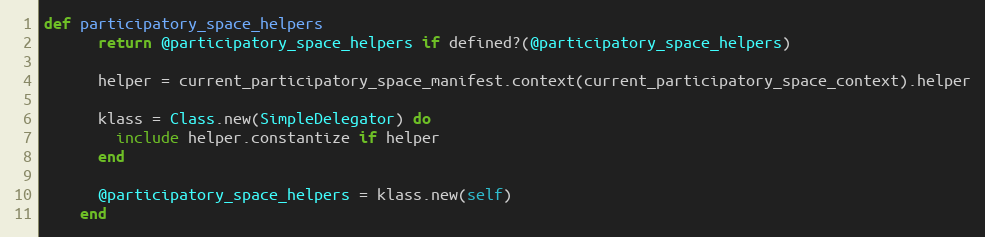
Language: Ruby
def participatory_space_helpers
      return @participatory_space_helpers if defined?(@participatory_space_helpers)

      helper = current_participatory_space_manifest.context(current_participatory_space_context).helper

      klass = Class.new(SimpleDelegator) do
        include helper.constantize if helper
      end

      @participatory_space_helpers = klass.new(self)
    end